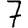
Digit: 7